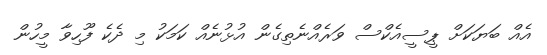
އެއް ބަޔަކަށް ޕީސީއެކްސް ވަރެއްނެތިގެން އުޅުނެއް ކަމަކު މި ދެކެ ފޫހިވާ މީހުން